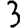
Digit: 3